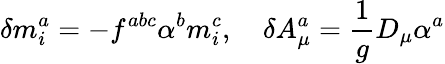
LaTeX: \delta m_{i}^{a}=-f^{abc}\alpha^{b}m_{i}^{c},\quad\delta A_{\mu}^{a}=\frac 1gD_{\mu}\alpha^{a}